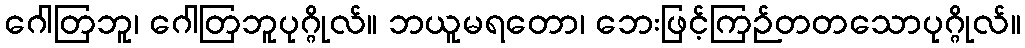
ဂေါတြဘူ၊ ဂေါတြဘူပုဂ္ဂိုလ်။ ဘယူမရတော၊ ဘေးဖြင့်ကြဉ်တတသောပုဂ္ဂိုလ်။